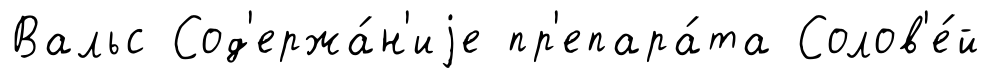
Вальс Сод'ержа́н'иjе пр'епара́та Солов'е́й